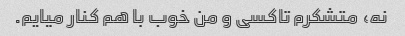
نه، متشکرم تاکسی و من خوب با هم کنار میایم.